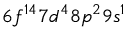
6 f ^ { 1 4 } 7 d ^ { 4 } 8 p ^ { 2 } 9 s ^ { 1 }